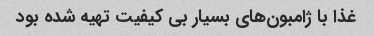
غذا با ژامبون‌های بسیار بی کیفیت تهیه شده بود